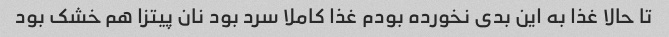
تا حالا غذا به این بدی نخورده بودم غذا کاملا سرد بود نان پیتزا هم خشک بود